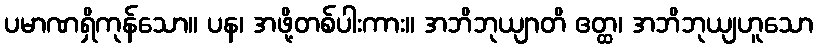
ပမာဏရှိကုန်သော။ ပန၊ အဖို့တစ်ပါးကား။ အဘိဘုယျာတိ ဧတ္ထ၊ အဘိဘုယျဟူသော